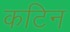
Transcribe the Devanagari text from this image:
कटिन